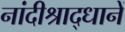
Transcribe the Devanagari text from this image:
नांदीश्राद्धानें